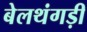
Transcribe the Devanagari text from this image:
बेलथंगड़ी